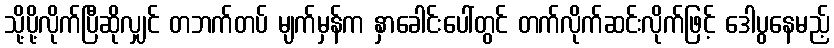
သို့ပို့လိုက်ပြီဆိုလျှင် တဘက်တပ် မျက်မှန်က နှာခေါင်းပေါ်တွင် တက်လိုက်ဆင်းလိုက်ဖြင့် ဒေါပွနေမည့်